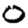
Digit: 0